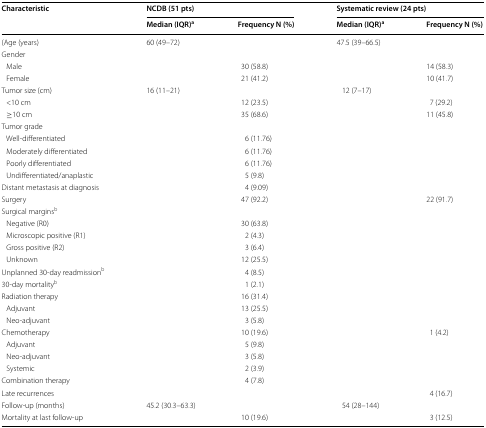
<table><thead><tr><td rowspan="2"><b>Characteristic</b></td><td colspan="2"><b>NCDB (51 pts)</b></td><td colspan="2"><b>Systematic review (24 pts)</b></td></tr><tr><td><b>Median (IQR)<sup>a</sup></b></td><td><b>Frequency N (%)</b></td><td><b>Median (IQR)<sup>a</sup></b></td><td><b>Frequency N (%)</b></td></tr></thead><tbody><tr><td>(Age (years)</td><td>60 (49–72)</td><td></td><td>47.5 (39–66.5)</td><td></td></tr><tr><td colspan="5">Gender</td></tr><tr><td> Male</td><td></td><td>30 (58.8)</td><td></td><td>14 (58.3)</td></tr><tr><td> Female</td><td></td><td>21 (41.2)</td><td></td><td>10 (41.7)</td></tr><tr><td>Tumor size (cm)</td><td>16 (11–21)</td><td></td><td>12 (7–17)</td><td></td></tr><tr><td> &lt;10 cm</td><td></td><td>12 (23.5)</td><td></td><td>7 (29.2)</td></tr><tr><td> ≥10 cm</td><td></td><td>35 (68.6)</td><td></td><td>11 (45.8)</td></tr><tr><td colspan="5">Tumor grade</td></tr><tr><td> Well-differentiated</td><td></td><td>6 (11.76)</td><td></td><td></td></tr><tr><td> Moderately differentiated</td><td></td><td>6 (11.76)</td><td></td><td></td></tr><tr><td> Poorly differentiated</td><td></td><td>6 (11.76)</td><td></td><td></td></tr><tr><td> Undifferentiated/anaplastic</td><td></td><td>5 (9.8)</td><td></td><td></td></tr><tr><td>Distant metastasis at diagnosis</td><td></td><td>4 (9.09)</td><td></td><td></td></tr><tr><td>Surgery</td><td></td><td>47 (92.2)</td><td></td><td>22 (91.7)</td></tr><tr><td colspan="5">Surgical margins<sup>b</sup></td></tr><tr><td> Negative (R0)</td><td></td><td>30 (63.8)</td><td></td><td></td></tr><tr><td> Microscopic positive (R1)</td><td></td><td>2 (4.3)</td><td></td><td></td></tr><tr><td> Gross positive (R2)</td><td></td><td>3 (6.4)</td><td></td><td></td></tr><tr><td> Unknown</td><td></td><td>12 (25.5)</td><td></td><td></td></tr><tr><td>Unplanned 30-day readmission<sup>b</sup></td><td></td><td>4 (8.5)</td><td></td><td></td></tr><tr><td>30-day mortality<sup>b</sup></td><td></td><td>1 (2.1)</td><td></td><td></td></tr><tr><td>Radiation therapy</td><td></td><td>16 (31.4)</td><td></td><td></td></tr><tr><td> Adjuvant</td><td></td><td>13 (25.5)</td><td></td><td></td></tr><tr><td> Neo-adjuvant</td><td></td><td>3 (5.8)</td><td></td><td></td></tr><tr><td>Chemotherapy</td><td></td><td>10 (19.6)</td><td></td><td>1 (4.2)</td></tr><tr><td> Adjuvant</td><td></td><td>5 (9.8)</td><td></td><td></td></tr><tr><td> Neo-adjuvant</td><td></td><td>3 (5.8)</td><td></td><td></td></tr><tr><td> Systemic</td><td></td><td>2 (3.9)</td><td></td><td></td></tr><tr><td>Combination therapy</td><td></td><td>4 (7.8)</td><td></td><td></td></tr><tr><td>Late recurrences</td><td></td><td></td><td></td><td>4 (16.7)</td></tr><tr><td>Follow-up (months)</td><td>45.2 (30.3–63.3)</td><td></td><td>54 (28–144)</td><td></td></tr><tr><td>Mortality at last follow-up</td><td></td><td>10 (19.6)</td><td></td><td>3 (12.5)</td></tr></tbody></table>